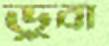
ডুবা